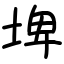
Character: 埤